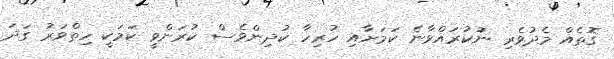
ގޮތެއް މެދުވެރި ނުކުރައްވާނެ ކަމަށާއި ހުރިހާ ކުދިންވެސް ކުރަންވީ ކަމަކީ ހިތްވަރު ގަދަ